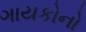
ગાયકોનો